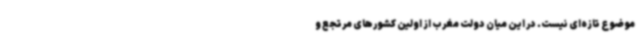
موضوع تازه‌ای نیست. در این میان دولت مغرب از اولین کشورهای مرتجع و